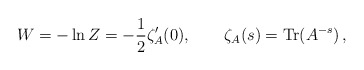
\begin{align*}W=-\ln Z=-\frac{1}{2}\zeta' _{A}(0),\qquad \zeta _{A}(s)={\textrm{Tr}}(A^{-s})\, ,\end{align*}